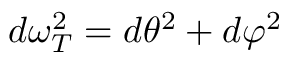
d \omega _ { T } ^ { 2 } = d \theta ^ { 2 } + d \varphi ^ { 2 }